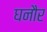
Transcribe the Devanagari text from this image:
घनौर